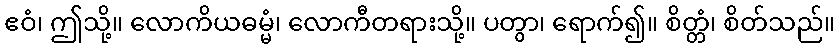
ဧဝံ၊ ဤသို့။ လောကိယဓမ္မံ၊ လောကီတရားသို့။ ပတွာ၊ ရောက်၍။ စိတ္တံ၊ စိတ်သည်။